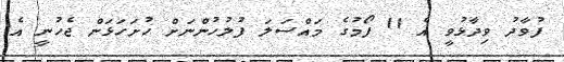
ފުވާދު ވިދާޅުވީ އެ 11 ފޯމުގެ މައްސަލަ ފުލުހުންނަށް ހުށަހަޅަން ޖެހުނީ އެ